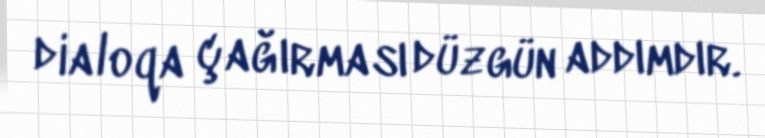
dialoqa çağırması düzgün addımdır.